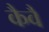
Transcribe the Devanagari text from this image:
कैवै